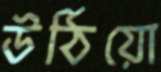
উঠিয়ো